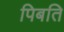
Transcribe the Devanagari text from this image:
पिबति